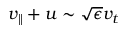
v _ { \parallel } + u \sim \sqrt { \epsilon } v _ { t }